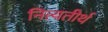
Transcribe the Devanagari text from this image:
नित्यतीर्थ